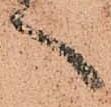
言